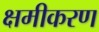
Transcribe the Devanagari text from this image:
क्षमीकरण